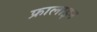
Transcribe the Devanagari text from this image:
फ्रालाइन